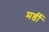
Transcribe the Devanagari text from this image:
मर्डी